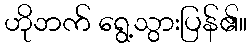
ဟိုဘက် ရွေ့သွားပြန်၏။